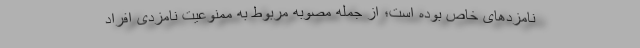
نامزدهای خاص بوده است؛ از جمله مصوبه مربوط به ممنوعیت نامزدی افراد